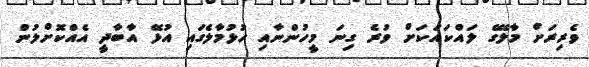
ވެރިރަށް މާލޭގެ ލައްކައަކަށް ވުރެ ގިނަ މީހުންނާއި ހުޅުމާލެގައި އުޅޭ އާބާދީ އެއްކޮށްލުން